Indian journal of veterinary science and animal husbandry - Volumes 26-27, 1956-1957
Year: 1956
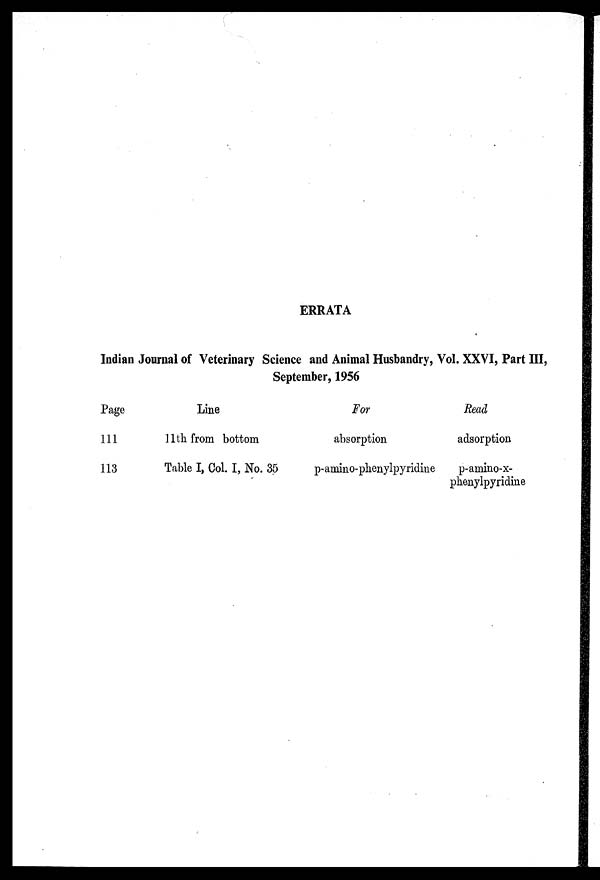
ERRATA
Indian Journal of Veterinary Science and Animal Husbandry, Vol. XXVI, Part III,
September, 1956
Page
111
113
Line
11th from bottom
Table I, Col. I, No. 35
For
absorption
p-amino-phenylpyridine
Read
adsorption
p-amino-x-
phenylpyridine